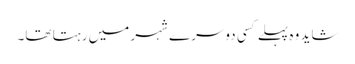
شاید وہ پہلے کسی دوسرے شہر میں رہتا تھا۔